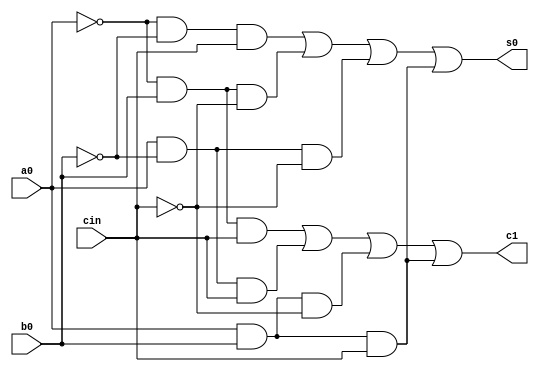
`timescale 1ns / 1ps
//////////////////////////////////////////////////////////////////////////////////
// Company: 
// Engineer: 
// 
// Design Name: 
// Module Name: Full Adder
// Project Name: 
// Target Devices: 
// Tool Versions: 
// Description: 
// 
// Dependencies: 
// 
// Revision:
// Revision 0.01 - File Created
// Additional Comments:
// 
//////////////////////////////////////////////////////////////////////////////////


module FullAdder(
    input a0,
    input b0,
    input cin,
    output c1,
    output s0
    );
    assign s0=(~a0 & ~b0 & cin) | (~a0 & b0 & ~cin) | (a0 & ~b0 & ~cin) | (a0 & b0 & cin);
    assign c1= (~a0 & b0 & cin) | (a0 & ~b0 & cin) | (a0 & b0 & ~cin) | (a0 & b0 & cin);
endmodule